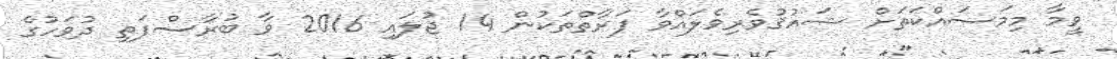
ވީމާ މިމަސައްކަތަށް ޝައުޤުވެރިވެލައްވާ ފަރާތްތަކުން 14 ޖުލައި 2016 ވާ ބުރާސްފަތި ދުވަހުގެ